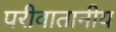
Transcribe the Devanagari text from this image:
परीवातानीय